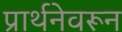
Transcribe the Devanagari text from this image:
प्रार्थनेवरून